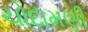
ચોદામણી